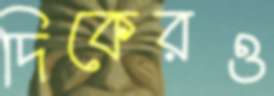
দিকেরও